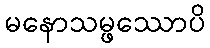
မနောသမ္ဖဿောပိ